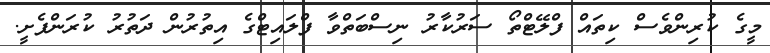
މީގެ ކުރިންވެސް ކިތައް ފްލޭޓްތޯ ސަރުކާރު ނިސްބަތްވާ ފްލައިޓްގެ އިތުރުން ދަތުރު ކުރަންފެށީ.